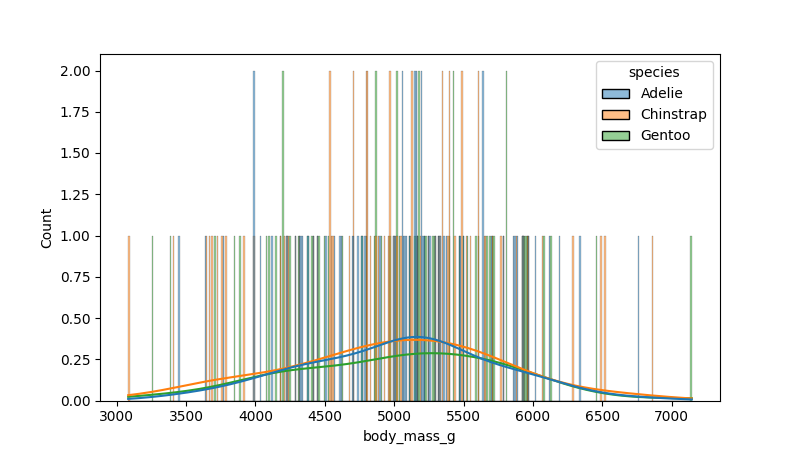
python, seaborn, histplot, hue='species', binwidth=10, bins='20', element='bars'